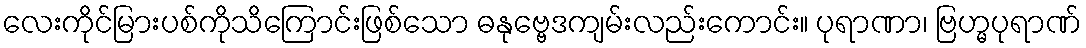
လေးကိုင်မြားပစ်ကိုသိကြောင်းဖြစ်သော ဓနုဗ္ဗေဒကျမ်းလည်းကောင်း။ ပုရာဏာ၊ ဗြဟ္မပုရာဏ်